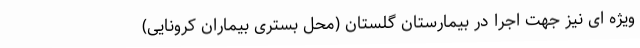
ویژه ای نیز جهت اجرا در بیمارستان گلستان (محل بستری بیماران کرونایی)